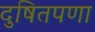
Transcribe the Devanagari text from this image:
दुषितपणा